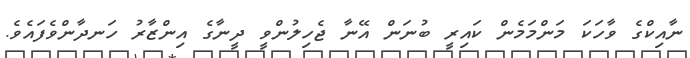
ނާއިކްގެ ވާހަކަ މަންމަމެން ކައިރީ ބުނަން އޭނާ ޖެހިލުންވީ ދީނާގެ އިންޒާރު ހަނދާންވެފައެވެ.